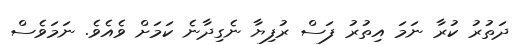
ދަތުރު ކުރާ ނަމަ އިތުރު ފަސް ރުފިޔާ ނެގިދާނެ ކަމަށް ވެއެވެ. ނަމަވެސް